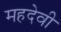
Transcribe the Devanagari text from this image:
महदेवी